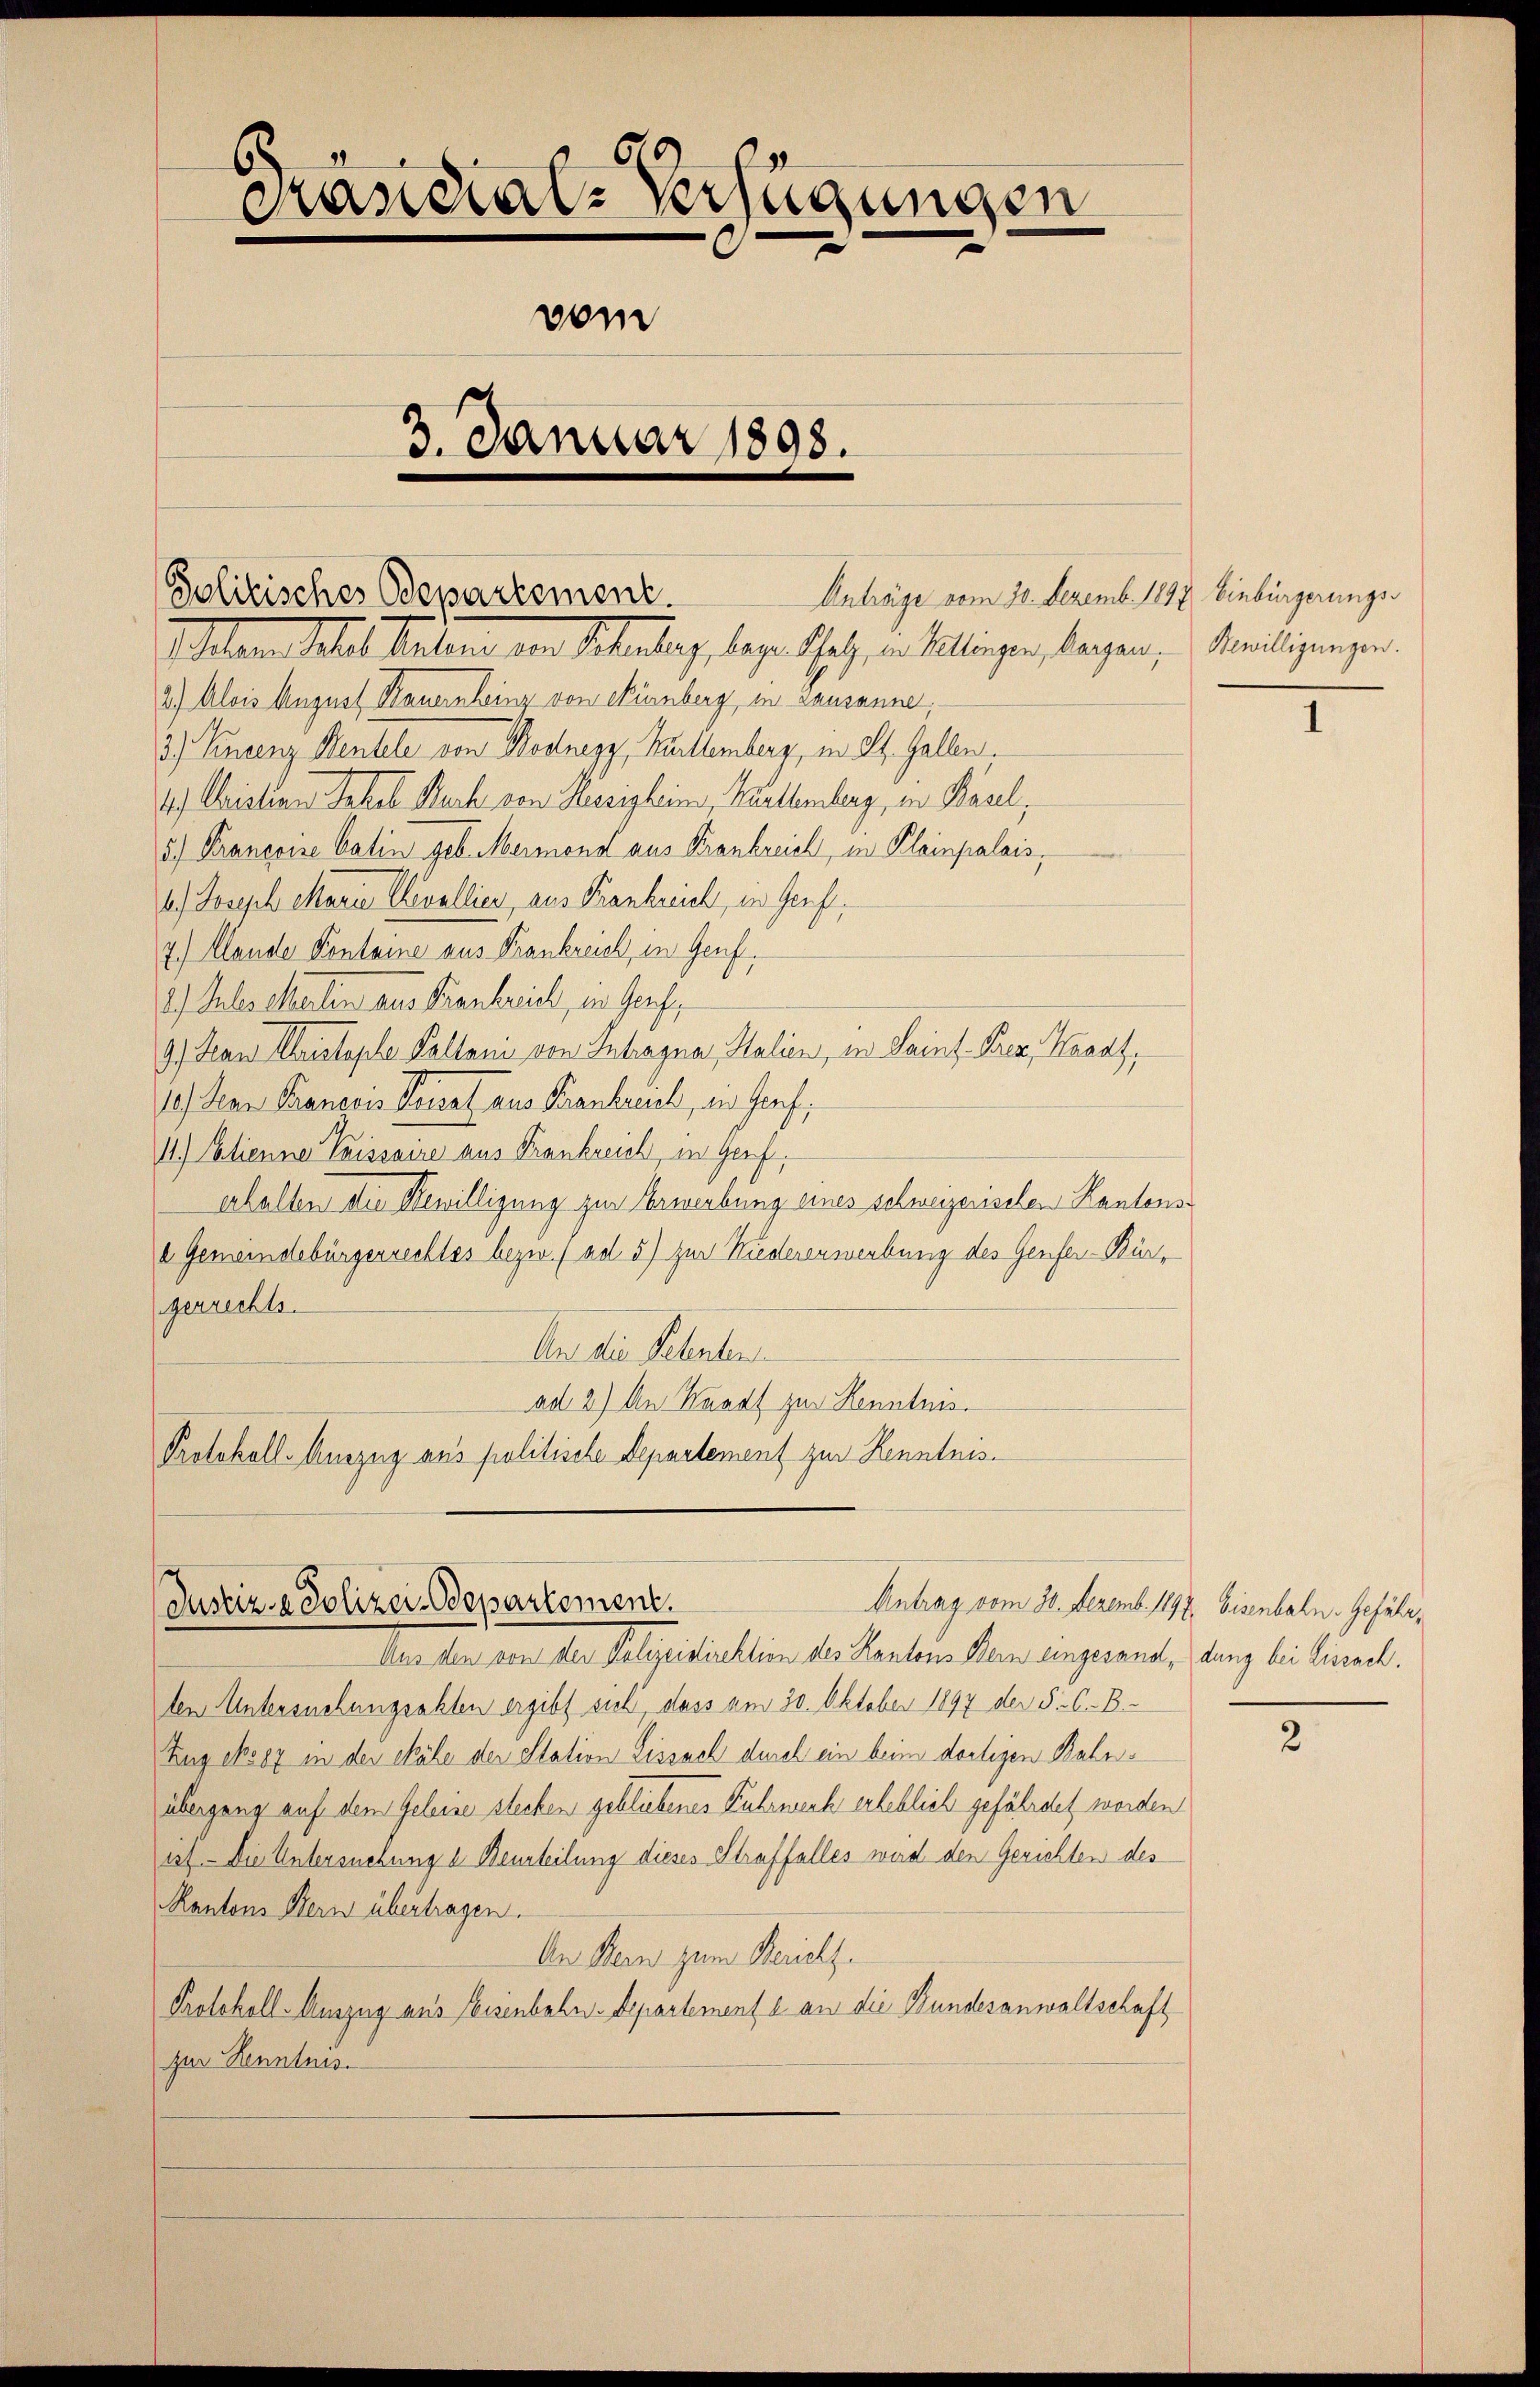
616
Kandial-Verfügungen
vom
3. Januar 1898.

Anträge vom 20. Dezemb. 1897. Einbürgerungs¬
Ihlen Mal Kalen von Schulung, dazu Schach, in liegen, langen, Meiligungen.
2.) Alois August Mauern hinz von Nürnberg, in Lausanne
3.) Finanz Mentele von Modnegg, Kuttemberg, in St. Gallen.
14.) Christian Jakob Buch von Harigheim, Karttemberg, in Basel,
5.) Françoise Catin geb. Mermond aus Krankreich, in Kleinpalais,
6.) Joseph Marie Cavallier, aus Frankreich, in Genf,
7) Mande Fontaine aus Frankreich, in Genf.
1.) Intertheilen aus Krankreich, in Genf,
9) Fand Aristophe Paltani von Intragna, Italien, in Saint-Prez, Karat,
10.) Jean Praneois Versal aus Frankreich, in Genf,
11.) Etienner Taissaire aus Frankreich in Genf,
erhalten die Bewilligung zur Erwerbung eines schweizenschen Kantons
2 Gemeindebürgerrechtes bezw. (ad 5) zur Rudererwerbung des Genfer-Bürgerrechts.
An die Petenten
ad 2) An Waadt zur Kenntnis.
Protokoll-Auszug aus politische Departement zur Kenntnis¬

Jolitisches Departement.

Justiz- & Polizei-Departement.
Aus den von der Polizeidirektion des Kantons Bern eingesand, dung bei Lissach.

len Untersuchungsakten ergibt sich dass am 20. Oktober 1897 der §. 6. B.
Zug es ex in der Säle der Station Lissach durch ein beim dortigen Bahnübergang auf dem Geleise stechen gebliebenes Fuhrwerk erheblich gefährdet worden
ist. Die Untersuchung d. Beurteilung dieses Straffalles wird den Gerichten des
Kantons Bern übertragen.
An Bern zum Bericht.
Protokoll-Auszug aus Heisenbahn-Departement u. an die Bundesanwaltschaft
zur Kenntnis.

Antrag vom 30. Dezemb. 1897. Eisenbahn- Gefähr¬

2